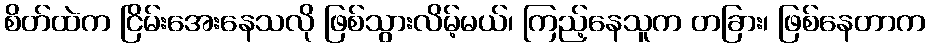
စိတ်ထဲက ငြိမ်းအေးနေသလို ဖြစ်သွားလိမ့်မယ်၊ ကြည့်နေသူက တခြား၊ ဖြစ်နေတာက